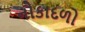
નૌકાદળો